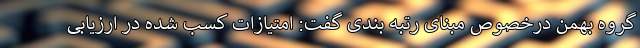
گروه بهمن درخصوص مبنای رتبه بندی گفت: امتیازات کسب شده در ارزیابی